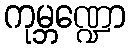
ကုမ္ဘဏ္ဍော